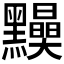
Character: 𪒾